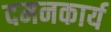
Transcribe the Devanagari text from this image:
दमनकार्य